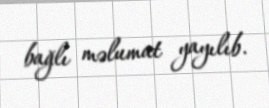
bağlı məlumat yayılıb.